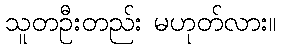
သူတဦးတည်း မဟုတ်လား။